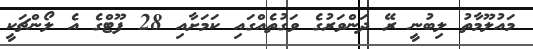
މައުލޫމާތު ލިބުނީ ރޭ ދަންވަރުގެ ވަގުތެއްގައި ކަމަށާއި 28 ފޫޓްގެ އެ ލޯންޗަކީ